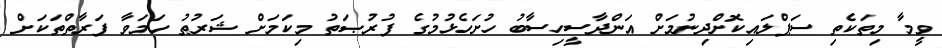
ވީމާ މިތަކެތި ސަޕްލައިކޮށްދިނުމަށް އަންދާސީހިސާބު ހުށަހެޅުމުގެ ފުރުޞަތު މިކަމަށް ޝަރުޠު ހަމަވާ ފަރާތްތަކަށް